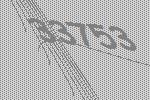
33753